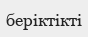
беріктікті